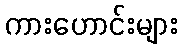
ကားဟောင်းများ